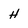
Character: H